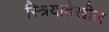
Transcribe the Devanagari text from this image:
स्त्रियादेखील